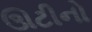
ઊટીનો